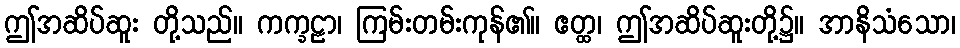
ဤအဆိပ်ဆူး တို့သည်။ ကက္ခဠာ၊ ကြမ်းတမ်းကုန်၏။ ဧတ္ထ၊ ဤအဆိပ်ဆူးတို့၌။ အာနိသံသော၊